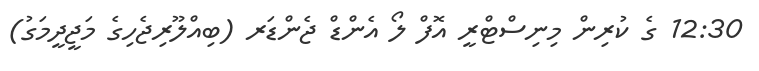
12:30 ގެ ކުރިން މިނިސްޓްރީ އޮފް ލޯ އެންޑް ޖެންޑަރ (ބިއްލޫރިޖެހިގެ މަޖީދީމަގު)